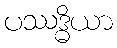
ပဿဒ္ဓိယာ